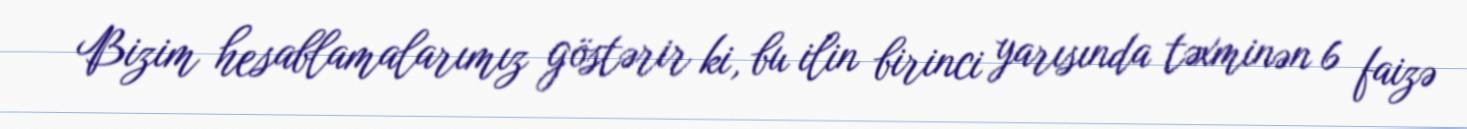
Bizim hesablamalarımız göstərir ki, bu ilin birinci yarısında təxminən 6 faizə